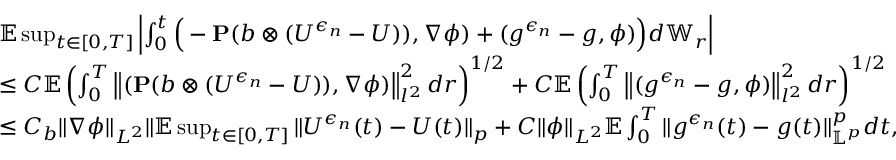
\begin{array} { r l } & { \mathbb { E } \operatorname* { s u p } _ { t \in [ 0 , T ] } \left| \int _ { 0 } ^ { t } \Big ( - \mathbf { P } ( b \otimes ( U ^ { \epsilon _ { n } } - U ) ) , \nabla \phi ) + ( g ^ { \epsilon _ { n } } - g , \phi ) \Big ) d \mathbb { W } _ { r } \right| } \\ & { \leq C \mathbb { E } \left( \int _ { 0 } ^ { T } \left\| ( \mathbf { P } ( b \otimes ( U ^ { \epsilon _ { n } } - U ) ) , \nabla \phi ) \right\| _ { l ^ { 2 } } ^ { 2 } d r \right) ^ { 1 / 2 } + C \mathbb { E } \left( \int _ { 0 } ^ { T } \left\| ( g ^ { \epsilon _ { n } } - g , \phi ) \right\| _ { l ^ { 2 } } ^ { 2 } d r \right) ^ { 1 / 2 } } \\ & { \leq C _ { b } \| \nabla \phi \| _ { L ^ { 2 } } \| \mathbb { E } \operatorname* { s u p } _ { t \in [ 0 , T ] } \| U ^ { \epsilon _ { n } } ( t ) - U ( t ) \| _ { p } + C \| \phi \| _ { L ^ { 2 } } \mathbb { E } \int _ { 0 } ^ { T } \| g ^ { \epsilon _ { n } } ( t ) - g ( t ) \| _ { \mathbb { L } ^ { p } } ^ { p } d t , } \end{array}